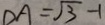
D A = \sqrt { 3 } - 1